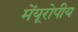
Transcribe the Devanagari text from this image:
मेंयूरोपीय